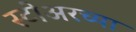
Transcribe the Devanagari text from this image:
स्टोअरच्या